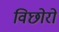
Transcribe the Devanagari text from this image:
विछोरो